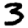
Digit: 3